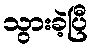
သွားခဲ့ပြီ